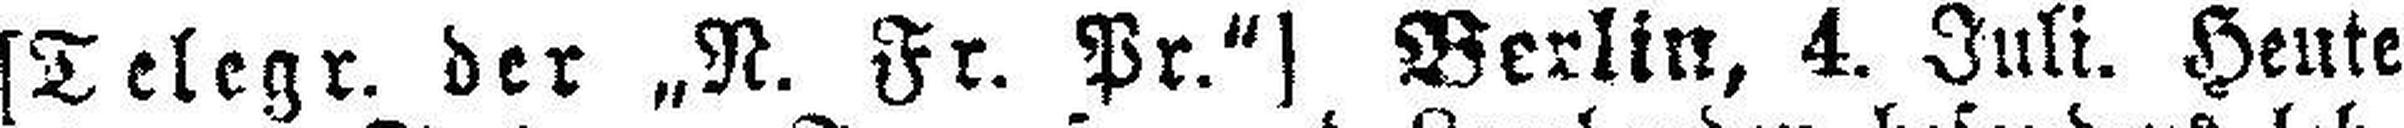
[Telegr. der „N. Fr. Pr.“] Berlin, 4. Juli. Heute